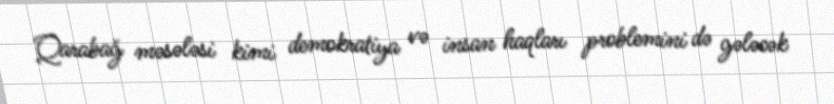
Qarabağ məsələsi kimi demokratiya və insan haqları problemini də gələcək